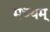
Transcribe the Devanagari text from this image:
मध्यम्